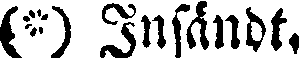
(*) Insändt.